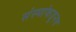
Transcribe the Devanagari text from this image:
संस्थांकडूनच